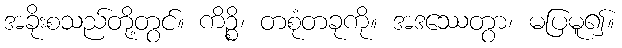
အခိုးစသည်တို့တွင်။ ကိဉ္စိ၊ တစုံတခုကို။ အဒဿေတွာ၊ မပြမူ၍။